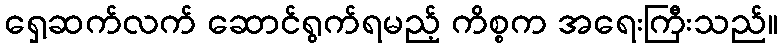
ရှေ့ဆက်လက် ဆောင်ရွက်ရမည့် ကိစ္စက အရေးကြီးသည်။